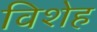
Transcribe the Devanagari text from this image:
विशेह